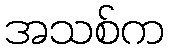
အသစ်က